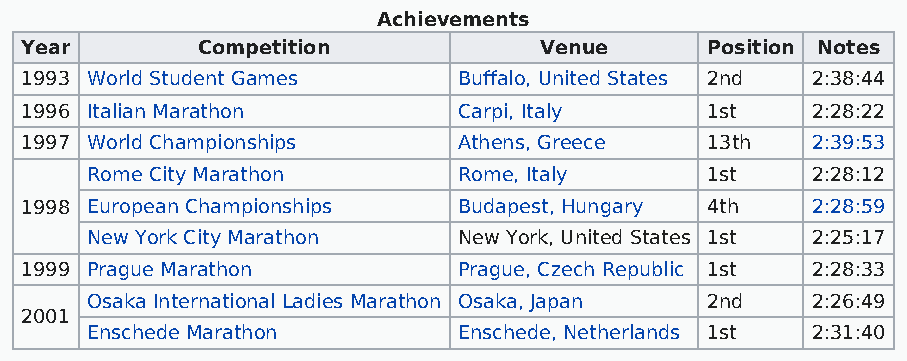
Achievements
 Year        Competition            Venue      Position Notes
 1993 World Student Games     Buffalo, United States 2nd 2:38:44
 1996 Italian Marathon        Carpi, Italy     1st    2:28:22
 1997 World Championships     Athens, Greece   13th   2:39:53
 Rome City Marathon      Rome, Italy      1st    2:28:12
 1998 European Championships  Budapest, Hungary 4th   2:28:59
 New York City Marathon  New York, United States 1st 2:25:17
 1999 Prague Marathon         Prague, Czech Republic 1st 2:28:33
 Osaka International Ladies Marathon Osaka, Japan 2nd 2:26:49
 2001
 Enschede Marathon       Enschede, Netherlands 1st 2:31:40